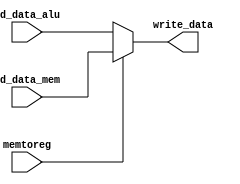
`timescale 1ns / 1ps
//////////////////////////////////////////////////////////////////////////////////
// Company: Mighty MIPsters
// 
// Design Name: MIPS decode module
// Module Name:    ID 
// Project Name: MIPS 16 bit
//////////////////////////////////////////////////////////////////////////////////
module WB(
	memtoreg,
	rd_data_mem,
	rd_data_alu,
	write_data
    );
input memtoreg;
input [15:0] rd_data_mem, rd_data_alu;
output [15:0] write_data;

reg[15:0] write_data;

always @* begin
	write_data = rd_data_alu;
	case(memtoreg)
		1'b1:
			write_data = rd_data_mem;
	endcase
end

endmodule